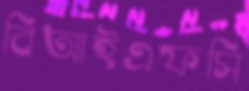
বিআইএফসি